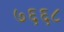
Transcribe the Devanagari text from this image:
७६६८